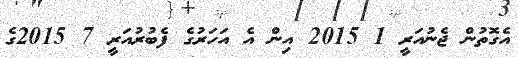
އެގޮތުން ޖެނުއަރީ 1 2015 އިން އެ އަހަރުގެ ފެބުރުއަރީ 7 2015ގެ